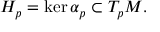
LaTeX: H _ { p } = \ker \alpha _ { p } \subset T _ { p } M .